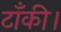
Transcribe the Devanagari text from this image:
टाँकी।